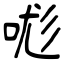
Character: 哤